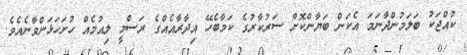
ކުއްޖަކު ބަލަމުންދާނަމަ އެކަން ބަޔާންކޮށް ސަރުކާރުގެ ކަމާބެހޭ އިދާރާއެއްގެ ރަސްމީ ލިއުމެއް ހުށަހަޅަންވާނެއެވެ.